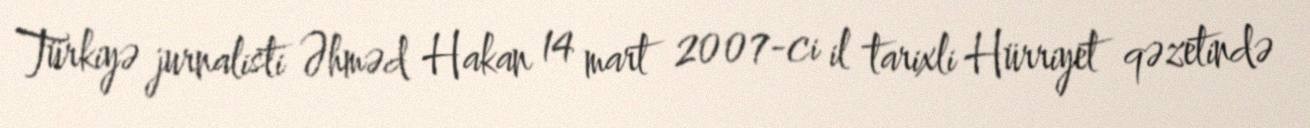
Türkiyə jurnalisti Əhməd Hakan 14 mart 2007-ci il tarixli Hürriyet qəzetində